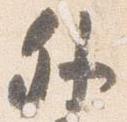
外